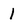
Character: 1